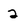
Character: 2